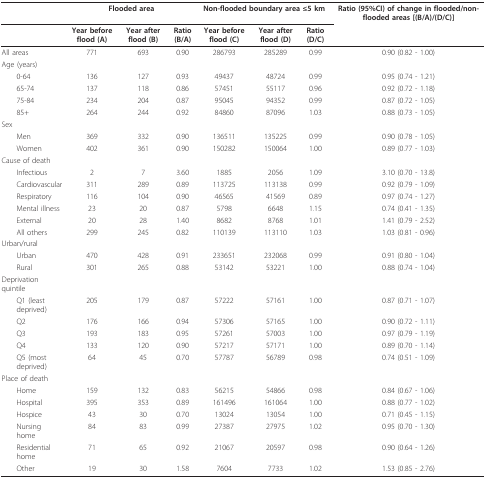
<table><thead><tr><td></td><td colspan="3"><b>Flooded area</b></td><td colspan="3"><b>Non-flooded boundary area ≤5 km</b></td><td><b>Ratio (95%CI) of change in flooded/non-flooded areas [(B/A)/(D/C)]</b></td></tr><tr><td></td><td><b>Year before flood (A)</b></td><td><b>Year after flood (B)</b></td><td><b>Ratio (B/A)</b></td><td><b>Year before flood (C)</b></td><td><b>Year after flood (D)</b></td><td><b>Ratio (D/C)</b></td><td></td></tr></thead><tbody><tr><td>All areas</td><td>771</td><td>693</td><td>0.90</td><td>286793</td><td>285289</td><td>0.99</td><td>0.90 (0.82 - 1.00)</td></tr><tr><td>Age (years)</td><td></td><td></td><td></td><td></td><td></td><td></td><td></td></tr><tr><td> 0-64</td><td>136</td><td>127</td><td>0.93</td><td>49437</td><td>48724</td><td>0.99</td><td>0.95 (0.74 - 1.21)</td></tr><tr><td> 65-74</td><td>137</td><td>118</td><td>0.86</td><td>57451</td><td>55117</td><td>0.96</td><td>0.92 (0.72 - 1.18)</td></tr><tr><td> 75-84</td><td>234</td><td>204</td><td>0.87</td><td>95045</td><td>94352</td><td>0.99</td><td>0.87 (0.72 - 1.05)</td></tr><tr><td> 85+</td><td>264</td><td>244</td><td>0.92</td><td>84860</td><td>87096</td><td>1.03</td><td>0.88 (0.73 - 1.05)</td></tr><tr><td>Sex</td><td></td><td></td><td></td><td></td><td></td><td></td><td></td></tr><tr><td> Men</td><td>369</td><td>332</td><td>0.90</td><td>136511</td><td>135225</td><td>0.99</td><td>0.90 (0.78 - 1.05)</td></tr><tr><td> Women</td><td>402</td><td>361</td><td>0.90</td><td>150282</td><td>150064</td><td>1.00</td><td>0.89 (0.77 - 1.03)</td></tr><tr><td>Cause of death</td><td></td><td></td><td></td><td></td><td></td><td></td><td></td></tr><tr><td> Infectious</td><td>2</td><td>7</td><td>3.60</td><td>1885</td><td>2056</td><td>1.09</td><td>3.10 (0.70 - 13.8)</td></tr><tr><td> Cardiovascular</td><td>311</td><td>289</td><td>0.89</td><td>113725</td><td>113138</td><td>0.99</td><td>0.92 (0.79 - 1.09)</td></tr><tr><td> Respiratory</td><td>116</td><td>104</td><td>0.90</td><td>46565</td><td>41569</td><td>0.89</td><td>0.97 (0.74 - 1.27)</td></tr><tr><td> Mental illness</td><td>23</td><td>20</td><td>0.87</td><td>5798</td><td>6648</td><td>1.15</td><td>0.74 (0.41 - 1.35)</td></tr><tr><td> External</td><td>20</td><td>28</td><td>1.40</td><td>8682</td><td>8768</td><td>1.01</td><td>1.41 (0.79 - 2.52)</td></tr><tr><td> All others</td><td>299</td><td>245</td><td>0.82</td><td>110139</td><td>113110</td><td>1.03</td><td>1.03 (0.81 - 0.96)</td></tr><tr><td>Urban/rural</td><td></td><td></td><td></td><td></td><td></td><td></td><td></td></tr><tr><td> Urban</td><td>470</td><td>428</td><td>0.91</td><td>233651</td><td>232068</td><td>0.99</td><td>0.91 (0.80 - 1.04)</td></tr><tr><td> Rural</td><td>301</td><td>265</td><td>0.88</td><td>53142</td><td>53221</td><td>1.00</td><td>0.88 (0.74 - 1.04)</td></tr><tr><td>Deprivation quintile</td><td></td><td></td><td></td><td></td><td></td><td></td><td></td></tr><tr><td> Q1 (least deprived)</td><td>205</td><td>179</td><td>0.87</td><td>57222</td><td>57161</td><td>1.00</td><td>0.87 (0.71 - 1.07)</td></tr><tr><td> Q2</td><td>176</td><td>166</td><td>0.94</td><td>57306</td><td>57165</td><td>1.00</td><td>0.90 (0.72 - 1.11)</td></tr><tr><td> Q3</td><td>193</td><td>183</td><td>0.95</td><td>57261</td><td>57003</td><td>1.00</td><td>0.97 (0.79 - 1.19)</td></tr><tr><td> Q4</td><td>133</td><td>120</td><td>0.90</td><td>57217</td><td>57171</td><td>1.00</td><td>0.89 (0.70 - 1.14)</td></tr><tr><td> Q5 (most deprived)</td><td>64</td><td>45</td><td>0.70</td><td>57787</td><td>56789</td><td>0.98</td><td>0.74 (0.51 - 1.09)</td></tr><tr><td>Place of death</td><td></td><td></td><td></td><td></td><td></td><td></td><td></td></tr><tr><td> Home</td><td>159</td><td>132</td><td>0.83</td><td>56215</td><td>54866</td><td>0.98</td><td>0.84 (0.67 - 1.06)</td></tr><tr><td> Hospital</td><td>395</td><td>353</td><td>0.89</td><td>161496</td><td>161064</td><td>1.00</td><td>0.88 (0.77 - 1.02)</td></tr><tr><td> Hospice</td><td>43</td><td>30</td><td>0.70</td><td>13024</td><td>13054</td><td>1.00</td><td>0.71 (0.45 - 1.15)</td></tr><tr><td> Nursing home</td><td>84</td><td>83</td><td>0.99</td><td>27387</td><td>27975</td><td>1.02</td><td>0.95 (0.70 - 1.30)</td></tr><tr><td> Residential home</td><td>71</td><td>65</td><td>0.92</td><td>21067</td><td>20597</td><td>0.98</td><td>0.90 (0.64 - 1.26)</td></tr><tr><td> Other</td><td>19</td><td>30</td><td>1.58</td><td>7604</td><td>7733</td><td>1.02</td><td>1.53 (0.85 - 2.76)</td></tr></tbody></table>